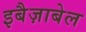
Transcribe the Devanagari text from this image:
इबैज़ाबेल